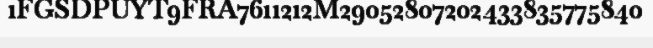
1FGSDPUYT9FRA7611212M29052807202433835775840